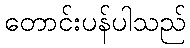
တောင်းပန်ပါသည်